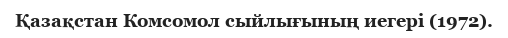
Қазақстан Комсомол сыйлығының иегері (1972).